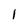
Character: I